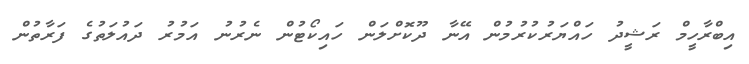
އިބްރާހީމް ރަޝީދު ހައްޔަރުކުރުމުން އޭނާ ދޫކޮށްލަން ހައިކޯޓުން ނެރުނު އަމުރު ދައުލަތުގެ ފަރާތުން